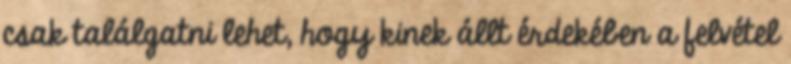
csak találgatni lehet, hogy kinek állt érdekében a felvétel